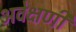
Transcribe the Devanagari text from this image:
अवेक्षणी